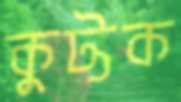
কুট্টক